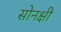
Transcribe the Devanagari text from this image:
सोनक्षी